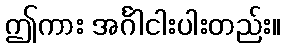
ဤကား အင်္ဂါငါးပါးတည်း။